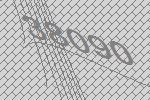
38090